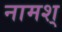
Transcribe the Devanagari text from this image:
नामश्